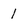
Character: 1